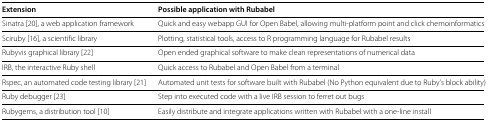
| Extension | Possible application with Rubabel |
 | --- | --- |
 | Sinatra [20], a web application framework | Quick and easy webapp GUI for Open Babel, allowing multi-platform point and click chemoinformatics |
 | Sciruby [16], a scientific library | Plotting, statistical tools, access to R programming language for Rubabel results |
 | Rubyvis graphical library [22] | Open ended graphical software to make clean representations of numerical data |
 | IRB, the interactive Ruby shell | Quick access to Rubabel and Open Babel from a terminal |
 | Rspec, an automated code testing library [21] | Automated unit tests for software built with Rubabel (No Python equivalent due to Ruby’s block ability) |
 | Ruby debugger [23] | Step into executed code with a live IRB session to ferret out bugs |
 | Rubygems, a distribution tool [10] | Easily distribute and integrate applications written with Rubabel with a one-line install |